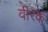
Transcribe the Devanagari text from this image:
वीरक